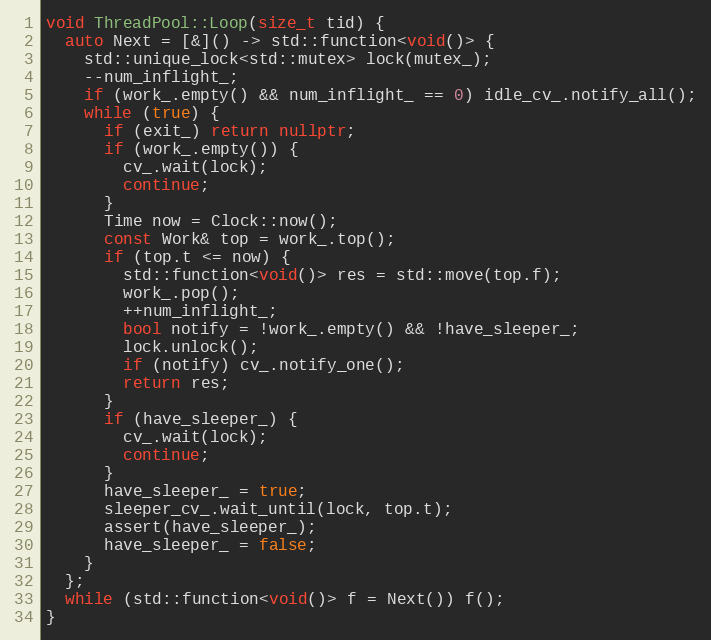
Language: C++
void ThreadPool::Loop(size_t tid) {
  auto Next = [&]() -> std::function<void()> {
    std::unique_lock<std::mutex> lock(mutex_);
    --num_inflight_;
    if (work_.empty() && num_inflight_ == 0) idle_cv_.notify_all();
    while (true) {
      if (exit_) return nullptr;
      if (work_.empty()) {
        cv_.wait(lock);
        continue;
      }
      Time now = Clock::now();
      const Work& top = work_.top();
      if (top.t <= now) {
        std::function<void()> res = std::move(top.f);
        work_.pop();
        ++num_inflight_;
        bool notify = !work_.empty() && !have_sleeper_;
        lock.unlock();
        if (notify) cv_.notify_one();
        return res;
      }
      if (have_sleeper_) {
        cv_.wait(lock);
        continue;
      }
      have_sleeper_ = true;
      sleeper_cv_.wait_until(lock, top.t);
      assert(have_sleeper_);
      have_sleeper_ = false;
    }
  };
  while (std::function<void()> f = Next()) f();
}